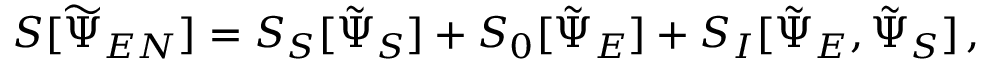
S [ \widetilde { \Psi } _ { E N } ] = S _ { S } [ \tilde { \Psi } _ { S } ] + S _ { 0 } [ \tilde { \Psi } _ { E } ] + S _ { I } [ \tilde { \Psi } _ { E } , \tilde { \Psi } _ { S } ] \, ,